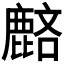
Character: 𪊺